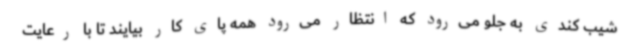
شیب کندی به جلو می‌رود که انتظار می‌رود همه پای کار بیایند تا با رعایت